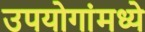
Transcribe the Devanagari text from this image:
उपयोगांमध्ये